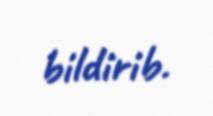
bildirib.